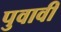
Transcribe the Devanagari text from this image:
पुवावी